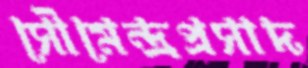
সৌমেন্দ্রপ্রসাদ